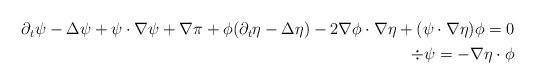
\begin{align*} \begin{aligned} \partial_t \psi - \Delta \psi + \psi \cdot \nabla \psi + \nabla \pi + \phi( \partial_t \eta - \Delta \eta) - 2 \nabla \phi \cdot \nabla \eta + (\psi \cdot \nabla \eta) \phi =0 \\ \div \psi = - \nabla \eta \cdot \phi \end{aligned}\end{align*}